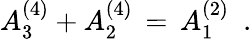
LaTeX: A_{3}^{(4)}+A_{2}^{(4)}\, =\, A_{1}^{(2)}\, \, \, .